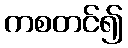
ကစတင်၍